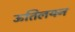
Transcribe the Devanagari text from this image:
ऊतिलयन